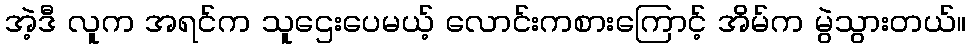
အဲ့ဒီ လူက အရင်က သူဌေးပေမယ့် လောင်းကစားကြောင့် အိမ်က မွဲသွားတယ်။